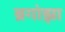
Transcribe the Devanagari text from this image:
ब्रगांझा